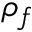
\rho _ { f }